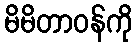
မိမိတာဝန်ကို